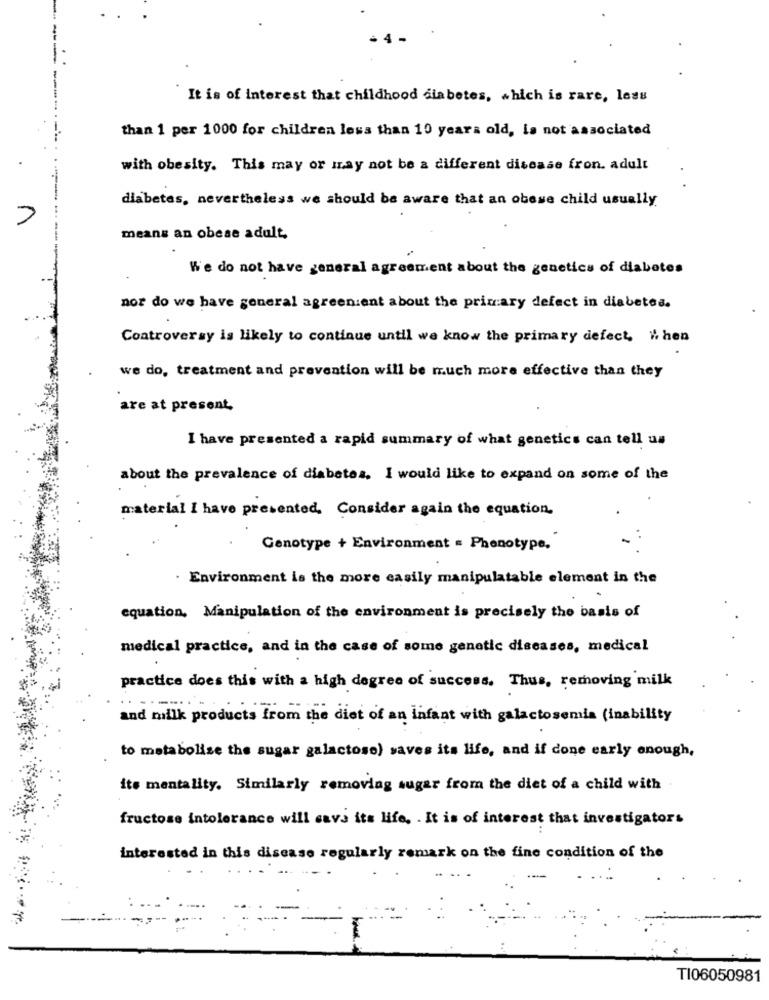
It is of interest that childhood diabetes, which is rare, less
than 1 per 1000 for children less than 10 years old, is not associated
with obesity. This may or may not be a different disease fron. adult
. .
diabetes, nevertheless we should be aware that an obese child usually
means an obese adult,
We do not have general agreement about the genetics of diabetes
nor do we have general agreen:ent about the primary defect in diabetes.
Controversy is likely to continue until we know the primary defect, When
we do, treatment and prevention will be much more effective than they
are at present
I have presented a rapid summary of what genetics can tell us
about the prevalence of diabetes. I would like to expand on some of the
material I have presented. Consider again the equation.
Genotype + Environment = Phenotype.
. Environment is the more easily manipulatable element in the
equation. Manipulation of the environment is precisely the basis of
medical practice, and in the case of some genetic diseases, medical
practice does this with a high degree of success. Thus, removing milk
and milk products from the diet of an infant with galactosemia (inability
to metabolise the sugar galactose) saves its life, and if cone early enough,
its mentality. Similarly removing sugar from the diet of a child with
fructose intolerance will cavs its life, . It is of interest that investigators
interested in this disease regularly remark on the fine condition of the
TI06050981